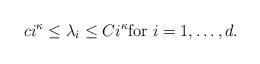
\begin{align*}c i^\kappa \leq \lambda_i \leq C i^\kappa \mbox{for $i=1,\dotsc,d$}.\end{align*}